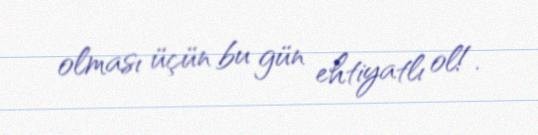
olması üçün bu gün ehtiyatlı ol!.